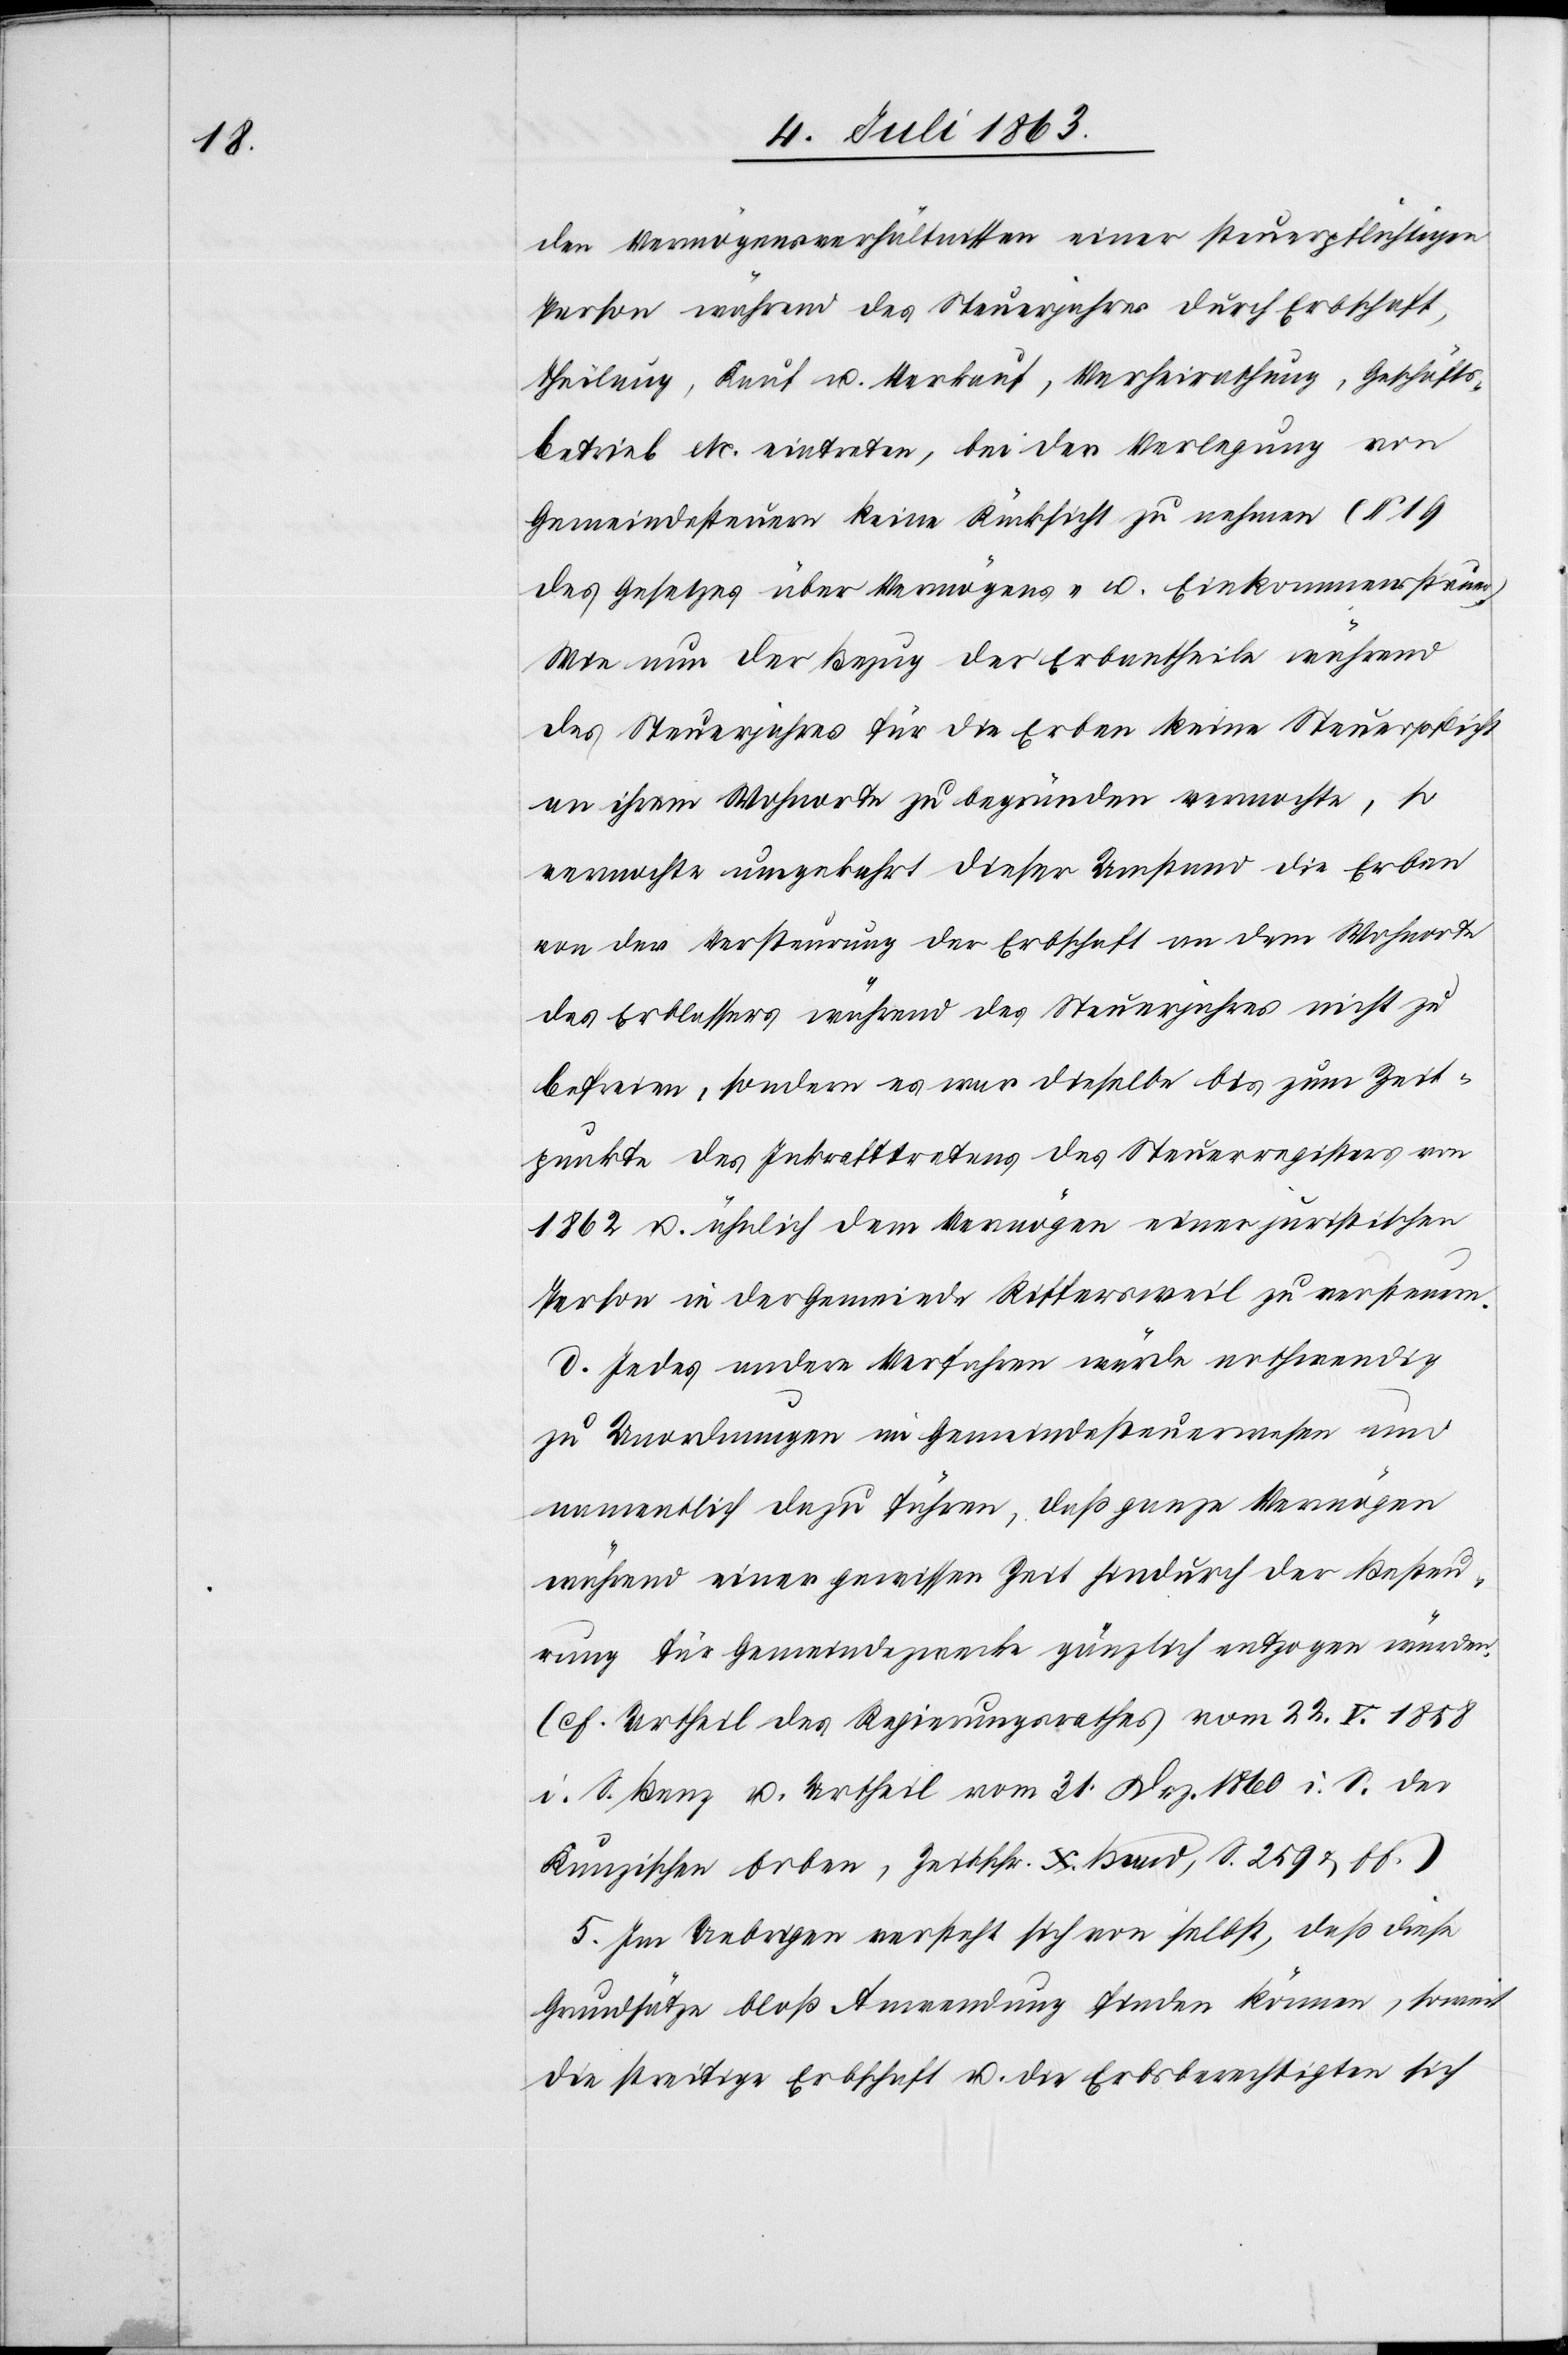
den Vermögensverhältnissen einer steuerpflichtigen
Person während des Steuerjahres durch Erbschaft,
Theilung, Kauf u. Verkauf, Verheirathung, Geschäfts¬
betrieb etc. eintreten, bei der Verlegung von
Gemeindesteuern keine Rücksicht zu nehmen (§ 19
des Gesetzes über Vermögens- u. Einkommenssteuer)
Wie nun der Bezug der Erbantheile während
des Steuerjahres für die Erben keine Steuerpflicht
an ihrem Wohnorte zu begründen vermochte, so
vermochte umgekehrt dieser Umstand die Erben
von der Versteurung der Erbschaft an dem Wohnorte
des Erblassers während des Steuerjahres nicht zu
befreien, sondern es war dieselbe bis zum Zeit¬
punkte des Inkrafttretens des Steuerregisters von
1862 u. ähnlich dem Vermögen einer juristischen
Person in der Gemeinde Riffersweil zu versteuern.
Jedes andere Verfahren würde nothwendig
zu Unordnungen im Gemeindesteuerwesen und
namentlich dazu führen, daß ganze Vermögen
während einer gewissen Zeit hindurch der Besteu¬
rung für Gemeindezwecke gänzlich entzogen würden.
(cf. Urtheil des Regierungsrathes vom 22. V. 1858
i. S. Benz u. Urtheil vom 31. Dez. 1860 i. S. der
Kunzischen Erben, Zeitschr. X. Band, S. 259 & ff.)
5. Im Uebrigen versteht sich von selbst, das diese
Grundsätze bloß Anwendung finden können, soweit
die streitige Erbschaft u. die Erbsberechtigten sich